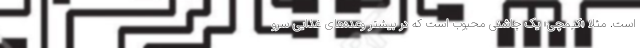
است. مثلا «کیمچی» یک چاشنی محبوب است که در بیشتر وعده‌های غذایی سرو